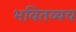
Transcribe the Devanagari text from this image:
भवितव्यच